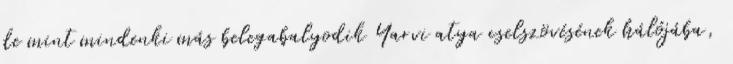
de mint mindenki más belegabalyodik Yarvi atya cselszövésének hálójába,